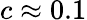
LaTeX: c\approx 0.1